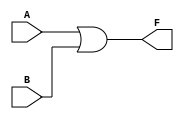
module two_variable_kmap (
    input wire A,  // First input variable
    input wire B,  // Second input variable
    output wire F  // Output based on K-map simplification
);

// K-map output logic based on the truth table
// F = A'B' + A'B + AB' + AB
// This can be simplified based on the K-map grouping.
// For example, if we assume F is true for all combinations, we can simplify it to:
// F = A + B

assign F = A | B;  // Simplified expression for the K-map

endmodule